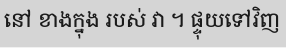
នៅ ខាងក្នុង របស់ វា ។ ផ្ទុយទៅវិញ